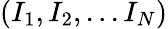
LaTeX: (I_{1},I_{2},...I_{N})